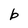
Character: b